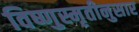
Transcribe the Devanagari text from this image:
विष्णुस्मृतीनुसार